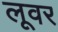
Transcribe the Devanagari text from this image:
लूवर